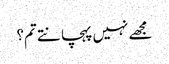
مجھے نہیں پہچانتے تم؟